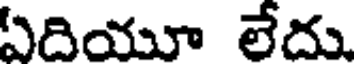
ఏదియూ లేదు